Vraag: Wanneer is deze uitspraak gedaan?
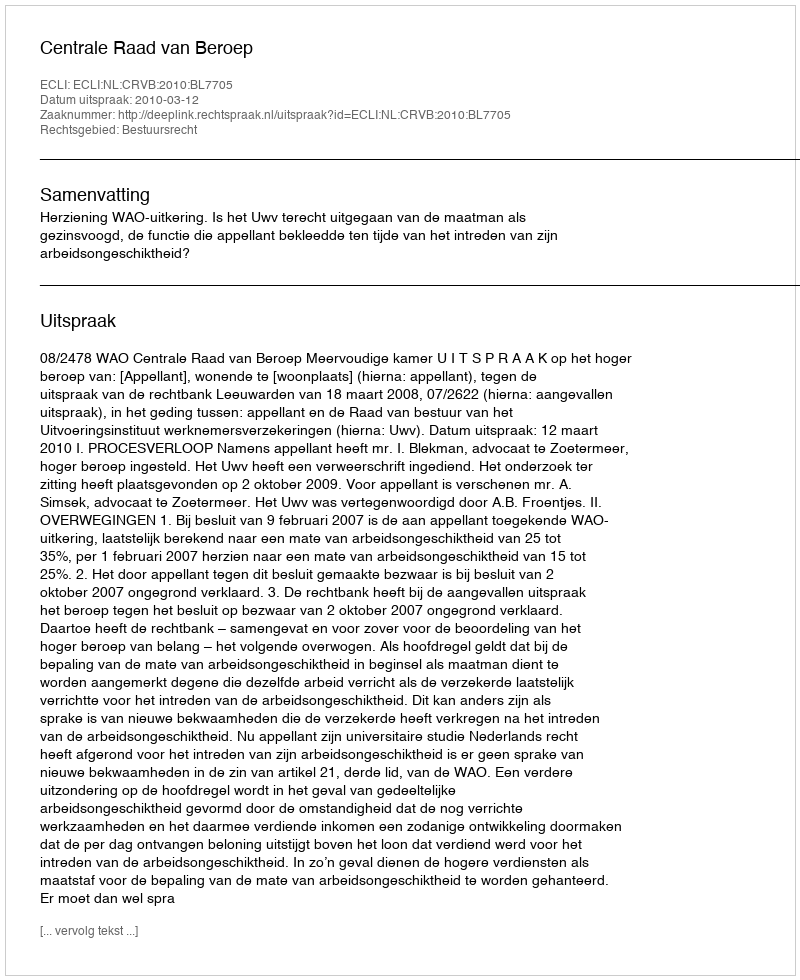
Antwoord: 2010-03-12